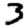
Digit: 3